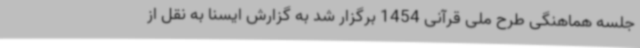
جلسه هماهنگی طرح ملی قرآنی 1454 برگزار شد به گزارش ایسنا به نقل از